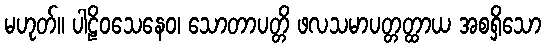
မဟုတ်။ ပါဠိဝသေနေဝ၊ သောတာပတ္တိ ဖလသမာပတ္တတ္ထာယ အစရှိသော